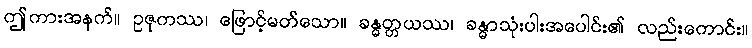
ဤကားအနက်။ ဥဇုကဿ၊ ဖြောင့်မတ်သော။ ခန္ဓတ္တယဿ၊ ခန္ဓာသုံးပါးအပေါင်း၏ လည်းကောင်း။